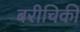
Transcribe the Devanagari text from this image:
बरीचिकी